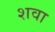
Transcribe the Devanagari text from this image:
शवा